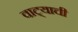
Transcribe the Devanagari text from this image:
वाट्याची